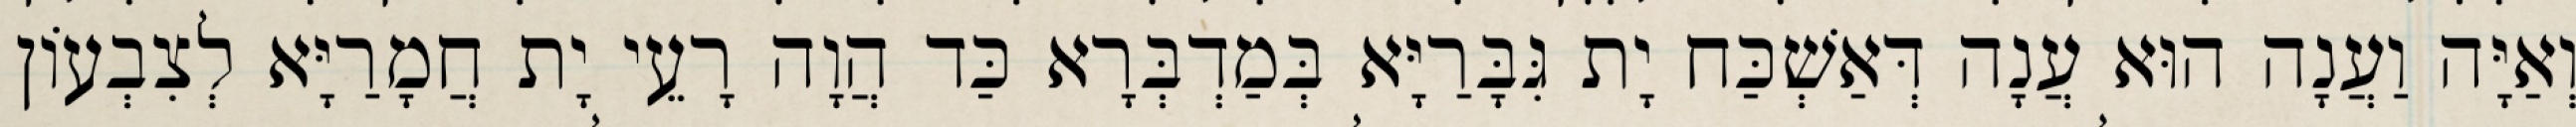
וְאַיָּה וַעֲנָה הוּא עֲנָה דְּאַשְׁכַּח יָת גִּבָּרַיָּא בְּמַדְבְּרָא כַּד הֲוָה רָעֵי יָת חֲמָרַיָּא לְצִבְעוֹן